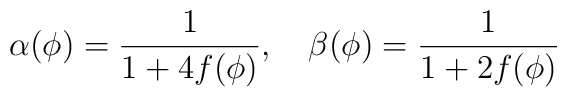
\alpha(\phi)={1 \over {1+4f(\phi)}}, \quad \beta(\phi)={1 \over {1+2f(\phi)}}